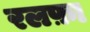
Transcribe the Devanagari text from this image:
रलफ़ा